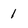
Character: 1